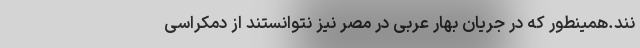
نند.همینطور که در جریان بهار عربی در مصر نیز نتوانستند از دمکراسی